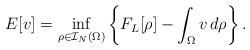
LaTeX: \begin{align*}E[v] = \mathop{\inf}_{\rho \in \mathcal I_N(\Omega)} \left\{ F_L[\rho] - \int_{\Omega} v\,d\rho \right\}.\end{align*}